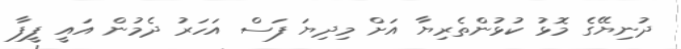
ދުނިޔޭގެ މޮޅު ކުޅުންތެރިޔާ އަށް މިދިޔަ ފަސް އަހަރު ދެމުން އައީ ފީފާ